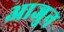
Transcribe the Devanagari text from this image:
आजुन